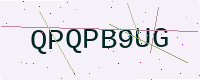
Text: QPQPB9UG